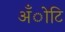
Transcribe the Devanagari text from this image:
अँोटि